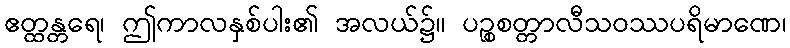
ဧတ္ထန္တရေ၊ ဤကာလနှစ်ပါး၏ အလယ်၌။ ပဉ္စစတ္တာလီသဝဿပရိမာဏေ၊